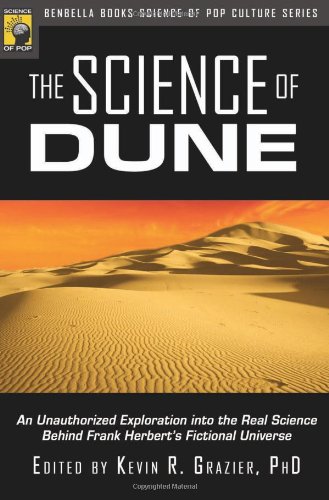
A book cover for The Science of Dune: An Unauthorized Exploration into the Real Science Behind Frank Herbert's Fictional Universe (Psychology of Popular Culture); Science & Math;